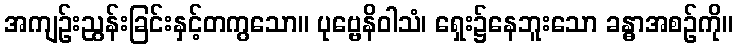
အကျဉ်းညွန်းခြင်းနှင့်တကွသော။ ပုဗ္ဗေနိဝါသံ၊ ရှေး၌နေဘူးသော ခန္ဓာအစဉ်ကို။